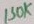
Text: 150K